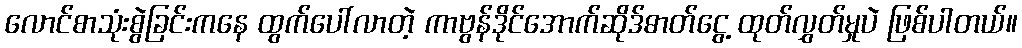
လောင်စာသုံးစွဲခြင်းကနေ ထွက်ပေါ်လာတဲ့ ကာဗွန်ဒိုင်အောက်ဆိုဒ်ဓာတ်ငွေ့ ထုတ်လွှတ်မှုပဲ ဖြစ်ပါတယ်။